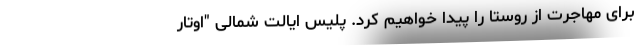
برای مهاجرت از روستا را پیدا خواهیم کرد. پلیس ایالت شمالی "اوتار